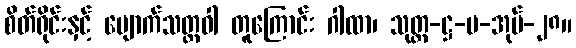
စိတ်ရိုင်းနှင့် မျောက်သတ္တဝါ တူကြောင်း ဂါထာ၊ သုတ္တ-ဋ္ဌ-ပ-အုပ်-၂၈။